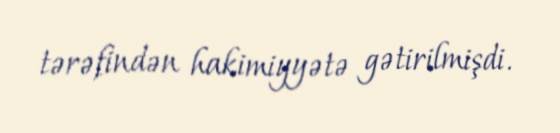
tərəfindən hakimiyyətə gətirilmişdi.